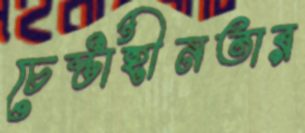
চেষ্টাহীনতার